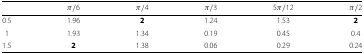
|  | Π/6 | Π/4 | Π/3 | 5Π/12 | Π/2 |
 | --- | --- | --- | --- | --- | --- |
 | 0.5 | 1.96 | 2 | 1.24 | 1.53 | 2 |
 | 1 | 1.93 | 1.34 | 0.19 | 0.45 | 0.4 |
 | 1.5 | 2 | 1.38 | 0.06 | 0.29 | 0.24 |